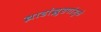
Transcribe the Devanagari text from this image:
झाडांझुडपांमुळे